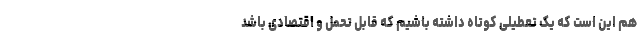
هم این است که یک تعطیلی کوتاه داشته باشیم که قابل تحمل و اقتصادی باشد